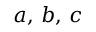
a , \, b , \, c